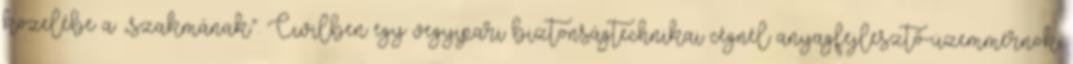
közelébe a „szakmának”. Civilben egy vegyipari biztonságtechnikai cégnél anyagfejlesztő-üzemmérnök.